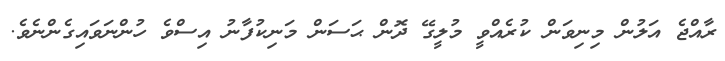
ރާއްޖެ އަލުން މިނިވަން ކުރެއްވީ މުލީގޭ ދޮން ޙަސަން މަނިކުފާނު އިސްވެ ހުންނަވައިގެންނެވެ.